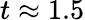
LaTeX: t\approx 1.5